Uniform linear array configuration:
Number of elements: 4
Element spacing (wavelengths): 0.5
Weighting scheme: cosine
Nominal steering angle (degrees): -45
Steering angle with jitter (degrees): -45.91
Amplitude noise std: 0.05
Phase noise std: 0.05

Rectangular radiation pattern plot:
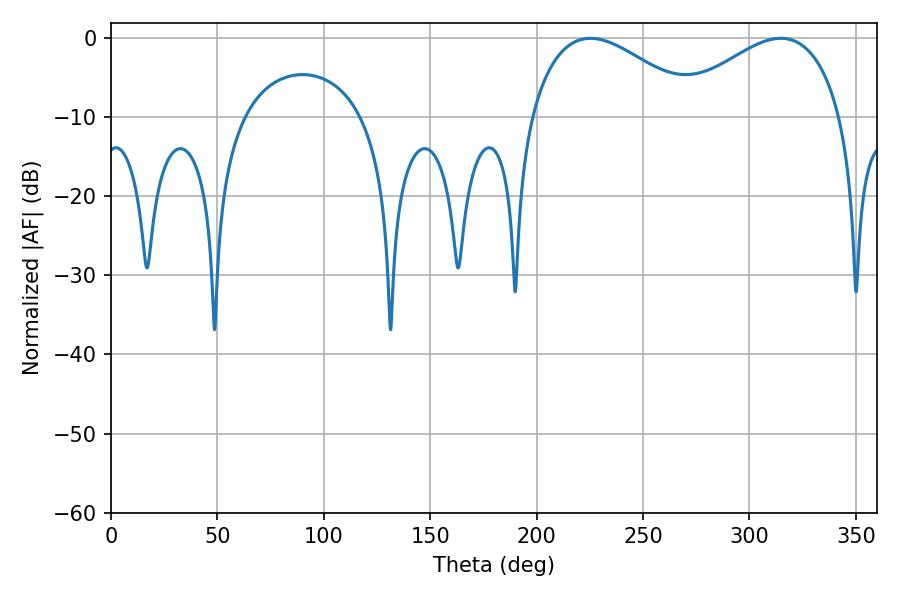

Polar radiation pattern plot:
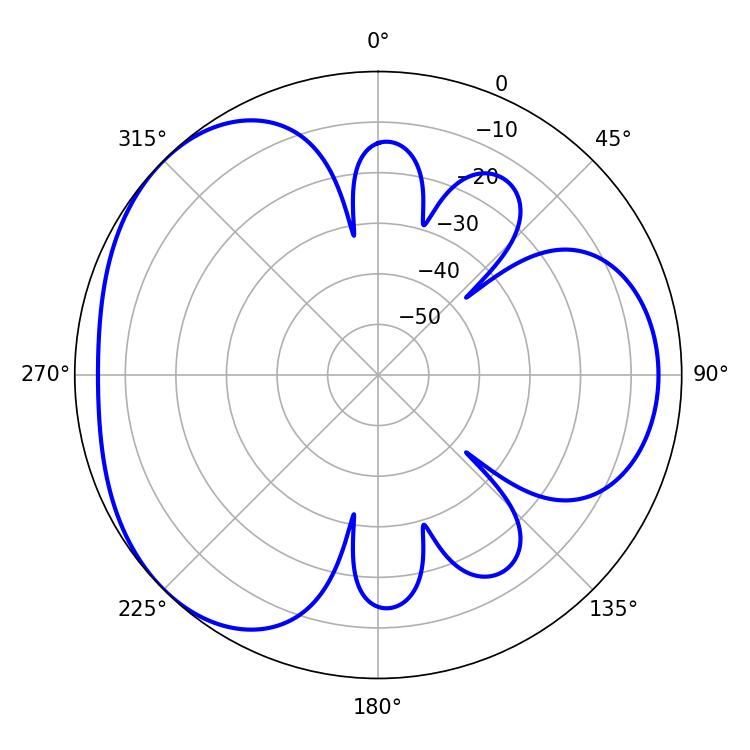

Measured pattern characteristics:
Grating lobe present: FALSE
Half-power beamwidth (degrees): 43.38
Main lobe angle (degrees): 225.36